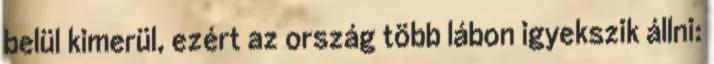
belül kimerül, ezért az ország több lábon igyekszik állni: